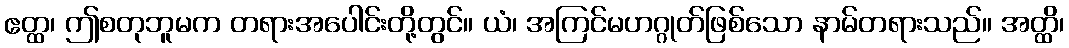
ဧတ္ထ၊ ဤစတုဘူမက တရားအပေါင်းတို့တွင်။ ယံ၊ အကြင်မဟဂ္ဂုတ်ဖြစ်သော နာမ်တရားသည်။ အတ္ထိ၊